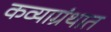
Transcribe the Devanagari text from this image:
कव्याग्रंथात